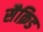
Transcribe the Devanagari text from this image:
सैक्रिड